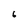
Character: 6